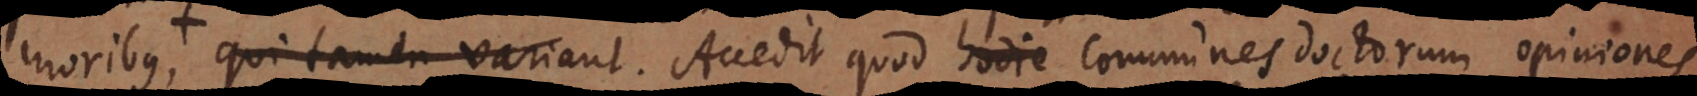
tribunalia et collegia. Accedit quod hodie communes doctorum opiniones